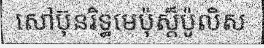
សៅប៊ុនរិទ្ធមេប៉ុស្ត៏ប៉ូលិស